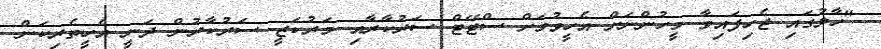
"ހާލުގައި ޖެހިފައިވާ މީހުންނަށް އެހީވުމަށް ސްޓޭޓް ސަރުކާރާއި މަރުކަޒީ ސަރުކާރުން ދަނީ އެހީތެރިކަން